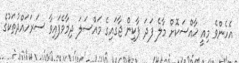
އެހެންވެ މިއީ ޚާއްސަކޮށް މާލެ ފަދަ ޕާކިން ޖާގައިގެ މައްސަލަ ދިމާވެފައިވާ ސަރަހައްދުތަކުގެ